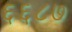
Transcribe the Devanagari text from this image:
६६८७